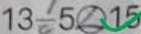
1 3 - 5 \textcircled { < } 1 5